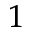
_ { 1 }